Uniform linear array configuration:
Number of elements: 16
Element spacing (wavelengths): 0.5
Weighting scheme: uniform
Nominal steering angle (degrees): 60
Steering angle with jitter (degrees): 60.181
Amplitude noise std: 0.05
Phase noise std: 0.05

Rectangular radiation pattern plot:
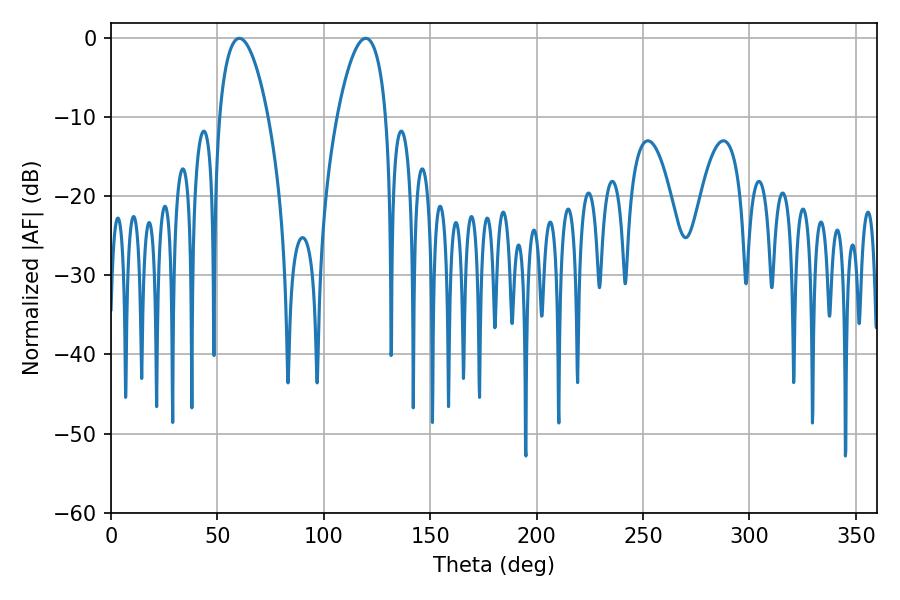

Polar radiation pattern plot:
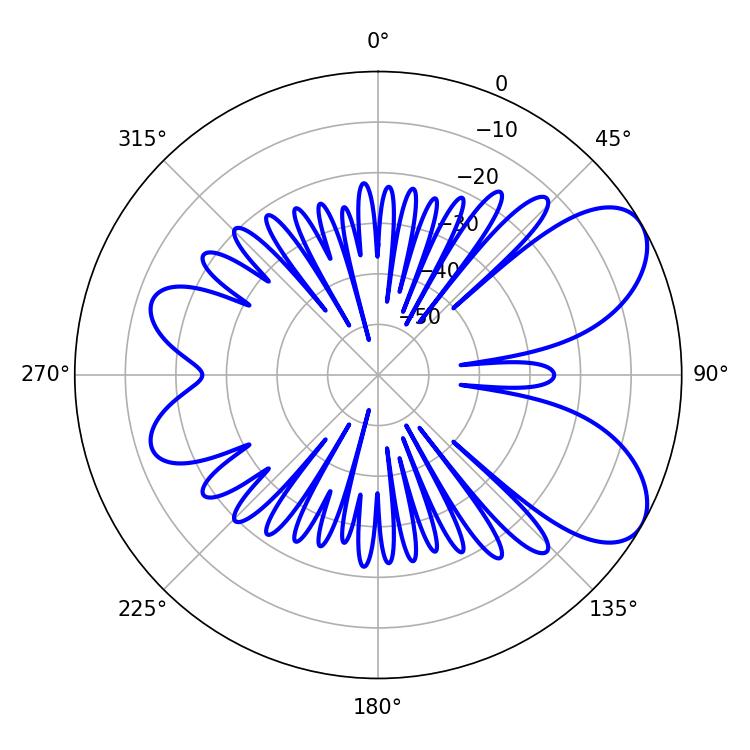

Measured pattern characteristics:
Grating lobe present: FALSE
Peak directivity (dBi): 7.009
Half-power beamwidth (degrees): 12.78
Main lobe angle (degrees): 60.3